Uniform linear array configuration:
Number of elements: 24
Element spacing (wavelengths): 0.75
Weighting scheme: blackman
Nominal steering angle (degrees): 30
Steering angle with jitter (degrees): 31.708
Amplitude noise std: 0.05
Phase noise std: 0.05

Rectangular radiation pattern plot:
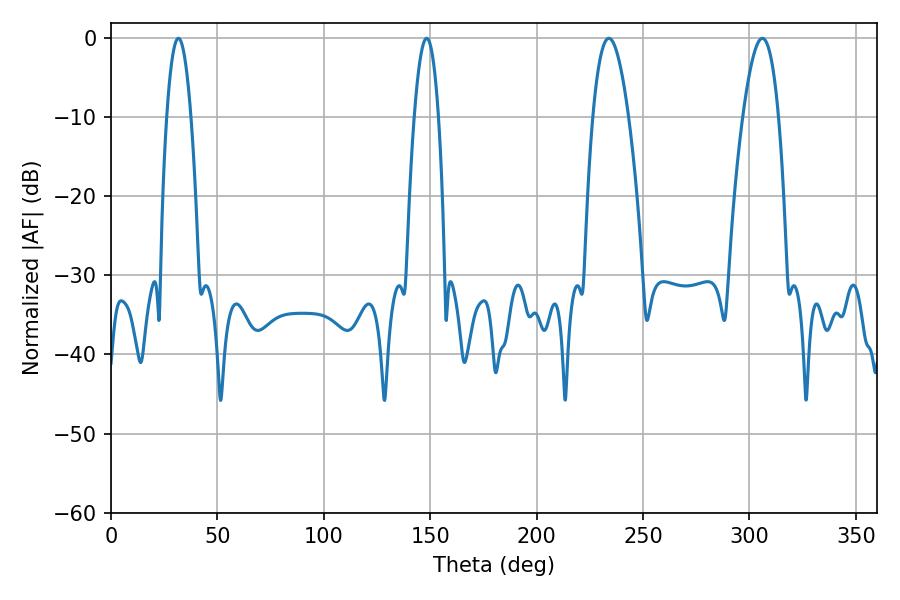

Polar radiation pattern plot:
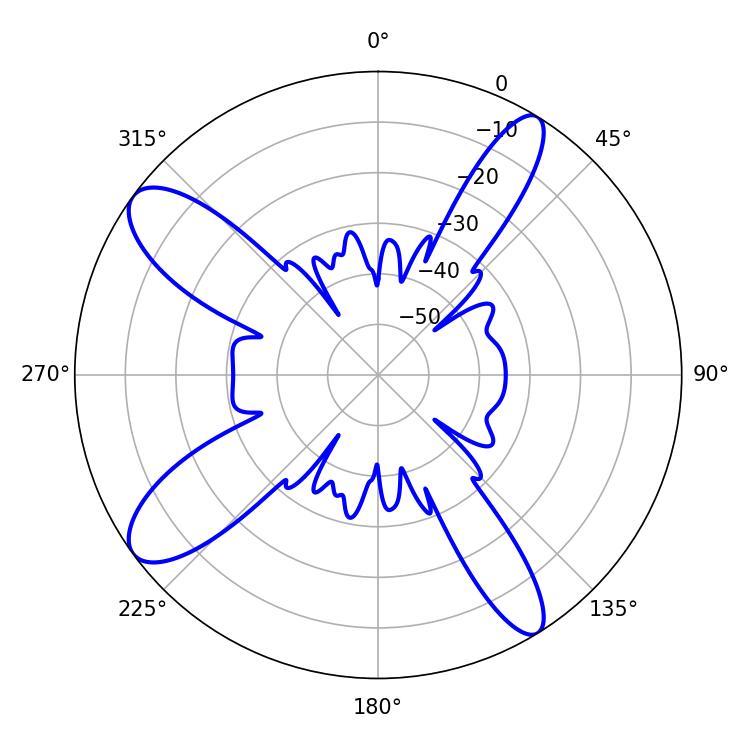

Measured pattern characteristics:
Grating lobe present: TRUE
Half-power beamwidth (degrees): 6.3
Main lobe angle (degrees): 31.68